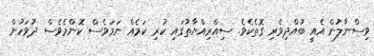
ވިސްނާލުން އެއީ ބުއްދިވެރި ގޮތެކެވެ. ސިއްރިއްޔާތުގައި ކުރި ކަމެއް ނަމަވެސް ކޮންމެވެސް ދުވަހުން